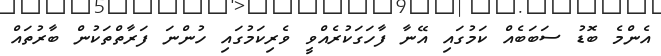
އެންމެ ބޮޑު ސަބަބެއް ކަމުގައި އޭނާ ފާހަގަކުރެއްވީ ވެރިކަމުގައި ހުންނަ ފަރާތްތަކުން ބާރުތައް